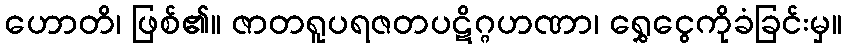
ဟောတိ၊ ဖြစ်၏။ ဇာတရူပရဇတပဋိဂ္ဂဟဏာ၊ ရွှေငွေကိုခံခြင်းမှ။